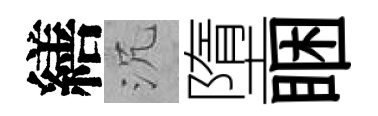
繕沉墮睏